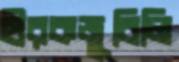
হীরকজুবিলি